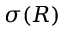
\sigma ( R )